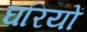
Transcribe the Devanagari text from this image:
घरियों